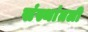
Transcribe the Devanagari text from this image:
संस्थांतली